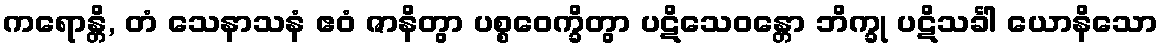
ကရောန္တိ, တံ သေနာသနံ ဧဝံ ဇာနိတွာ ပစ္စဝေက္ခိတွာ ပဋိသေဝန္တော ဘိက္ခု ပဋိသင်္ခါ ယောနိသော